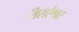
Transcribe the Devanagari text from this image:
सिसरेश्वर